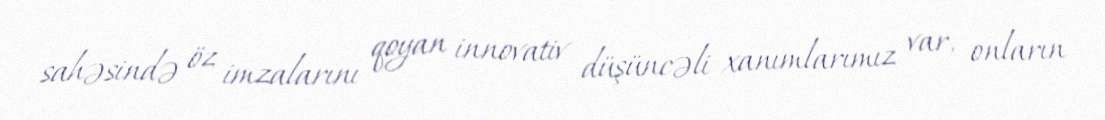
sahəsində öz imzalarını qoyan innovativ düşüncəli xanımlarımız var, onların